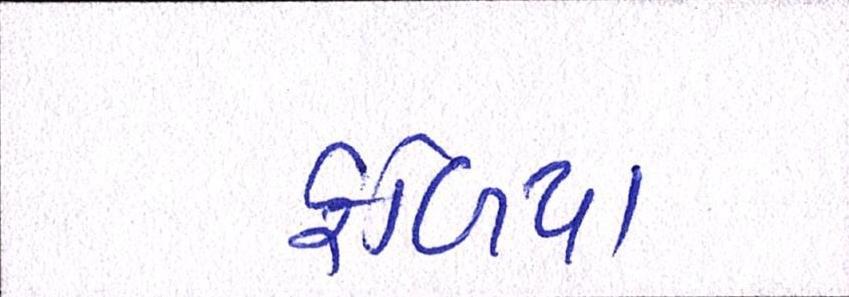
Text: ફળિયા